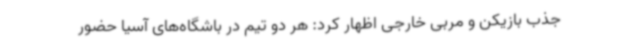
جذب بازیکن و مربی خارجی اظهار کرد: هر دو تیم در باشگاه‌های آسیا حضور